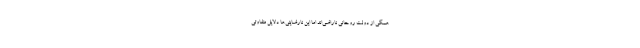
همگی از دولت روحانی ناراضی‌اند اما این نارضایتی‌ها دلایل متفاوتی